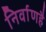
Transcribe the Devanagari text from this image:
निर्वाणहै